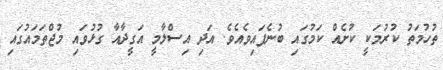
ތުހުމަތު ކުރުމަކީ ކުށެއް ކަމުގައި ބުނެފައިވެއެވެ. އަދި އިސްލާމީ އަގީދާއާ ގުޅުވައި މުޖްތަމައުގައި